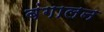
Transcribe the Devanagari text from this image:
बंगालन